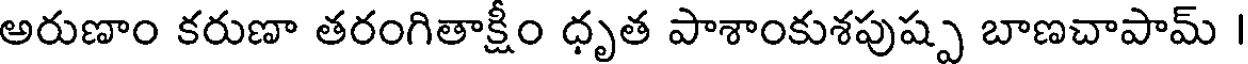
అరుణాం కరుణా తరంగితాక్షీం ధృత పాశాంకుశపుష్ప బాణచాపామ్